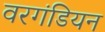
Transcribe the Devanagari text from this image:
वरगंडियन